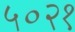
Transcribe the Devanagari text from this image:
५०२१